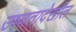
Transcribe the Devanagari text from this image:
उष्णतादेखील